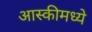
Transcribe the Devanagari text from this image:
आस्कीमध्ये